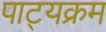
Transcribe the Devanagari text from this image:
पाट्यक्रम